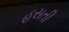
હસતી